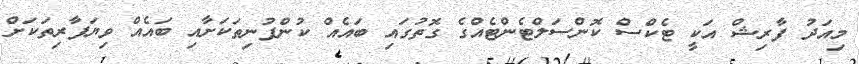
މިއަދު ފާރިޝް އަކީ ޓެކްސް ކޮންސަލްޓެންޓެއްގެ ގޮތުގައި ބައެއް ކުންފުނިތަކަށާއި ބައެއް ވިޔަފާރިތަކަށް